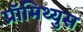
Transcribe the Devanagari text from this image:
प्रॉमिथ्युस